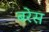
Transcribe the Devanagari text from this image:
बरेस